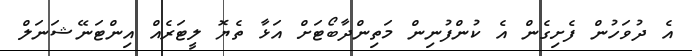
އެ ދުވަހުން ފެށިގެން އެ ކުންފުނިން މަތިންދާބޯޓަށް އަޅާ ތެޔޮ ލީޓަރެއް އިންޓަނޭޝަނަލް